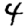
Digit: 4